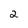
Character: 2